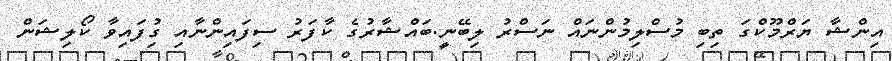
އިންޝާ ޔަރްމޫކްގަ ތިބި މުސްލިމުންނައް ނަސްރު ލިބޭނީ.ބައްޝާރުގެ ކާފަރު ސިފައިންނާއި ގުިފައިވާ ކޯލިޝަން